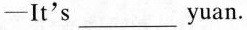
-It's ___ yuan.